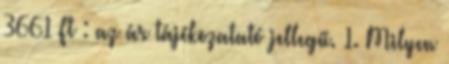
3661 Ft : az ár tájékozatató jellegű. 1. Milyen